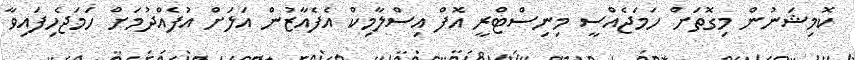
ކޮމިޝަނުން މިގޮތަށް ހަމަޖެއްސީ މިނިސްޓްރީ އޮފް އިސްލާމިކް އެފެއާޒުން އަލަށް އުފެއްދުމަށް ހަމަޖެހިފައިވާ